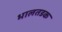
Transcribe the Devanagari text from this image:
भालतडक